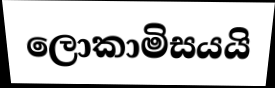
ලොකාමිසයයි